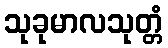
သုခုမာလသုတ္တံ